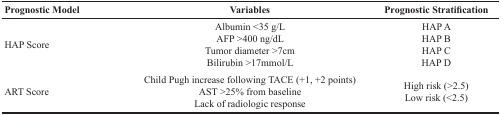
| Prognostic Model | Variables | Prognostic Stratification |
 | --- | --- | --- |
 | HAP Score | Albumin <35 g/LAFP >400 ng/dLTumor diameter >7cmBilirubin >17mmol/L | HAP AHAP BHAP CHAP D |
 | ART Score | Child Pugh increase following TACE (+1, +2 points)AST >25% from baselineLack of radiologic response | High risk (>2.5)Low risk (<2.5) |